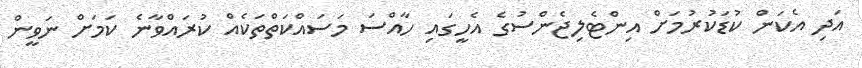
އަދި އެކަން ކުޑަކުރުމަށް އިންޓެލިޖެންސުގެ އެހީގައި ހާއްސަ މަސައްކަތްތަކެއް ކުރައްވާނެ ކަމަށް ނަވީން